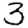
Digit: 3